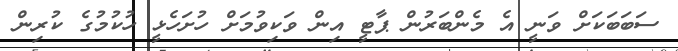
ސަބަބަކަށް ވަނީ އެ މެންބަރުން ޕާޓީ އިން ވަކިވުމަށް ހުށަހެޅީ ހުކުމުގެ ކުރިން